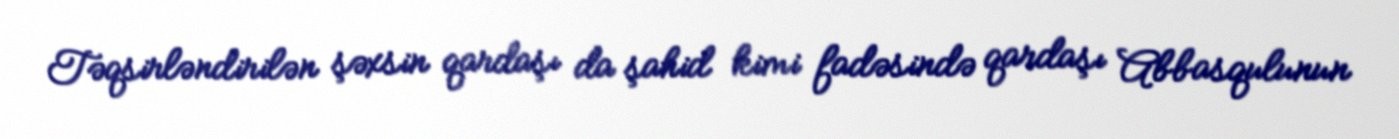
Təqsirləndirilən şəxsin qardaşı da şahid kimi fadəsində qardaşı Abbasqulunun